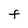
Character: F